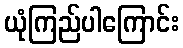
ယုံကြည်ပါကြောင်း